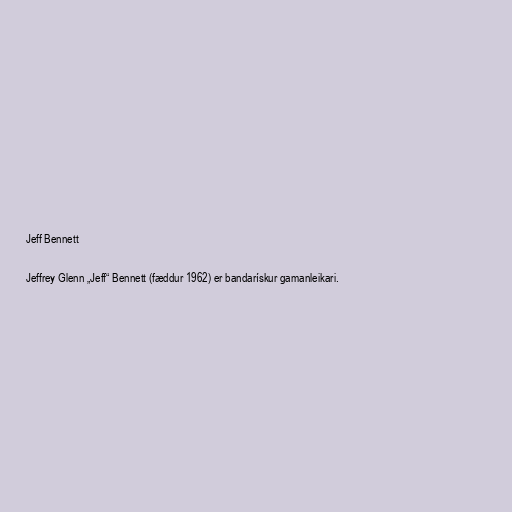
Jeff Bennett

Jeffrey Glenn „Jeff“ Bennett (fæddur 1962) er bandarískur gamanleikari.